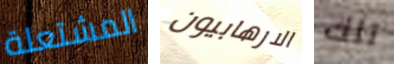
المشتعلة الارهابيون تلك